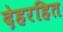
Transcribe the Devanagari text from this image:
देहरहित